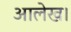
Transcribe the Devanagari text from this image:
आलेख।